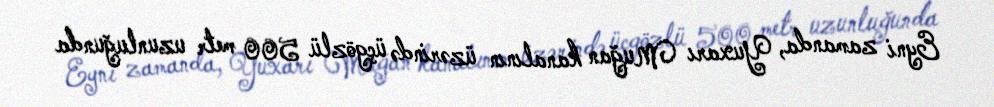
Eyni zamanda, Yuxarı Muğan kanalının üzərində üçgözlü 500 metr uzunluğunda